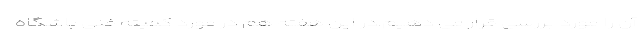
آن را مورد بررسی قرار می دهیم.در این هفته هم در مورد کمیته فنی باشگاه